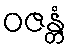
ဝဇန္တံ